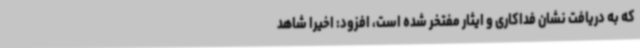
که به دریافت نشان فداکاری و ایثار مفتخر شده است، افزود: اخیراً شاهد